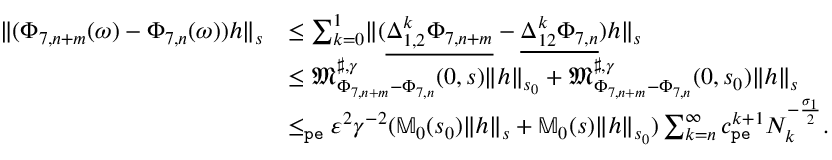
\begin{array} { r l } { \rVert ( \Phi _ { 7 , n + m } ( \omega ) - \Phi _ { 7 , n } ( \omega ) ) h \rVert _ { s } } & { \le \sum _ { k = 0 } ^ { 1 } \rVert ( \underline { { \Delta _ { 1 , 2 } ^ { k } \Phi _ { 7 , n + m } } } - \underline { { \Delta _ { 1 2 } ^ { k } \Phi _ { 7 , n } } } ) h \rVert _ { s } } \\ & { \le \mathfrak { M } _ { \Phi _ { 7 , n + m } - \Phi _ { 7 , n } } ^ { \sharp , \gamma } ( 0 , s ) \rVert h \rVert _ { s _ { 0 } } + \mathfrak { M } _ { \Phi _ { 7 , n + m } - \Phi _ { 7 , n } } ^ { \sharp , \gamma } ( 0 , s _ { 0 } ) \rVert h \rVert _ { s } } \\ & { \le _ { \mathtt { p e } } \varepsilon ^ { 2 } \gamma ^ { - 2 } ( \mathbb { M } _ { 0 } ( s _ { 0 } ) \rVert h \rVert _ { s } + \mathbb { M } _ { 0 } ( s ) \rVert h \rVert _ { s _ { 0 } } ) \sum _ { k = n } ^ { \infty } c _ { \mathtt { p e } } ^ { k + 1 } N _ { k } ^ { - \frac { \sigma _ { 1 } } 2 } . } \end{array}